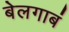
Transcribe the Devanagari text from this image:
बेलगाबं